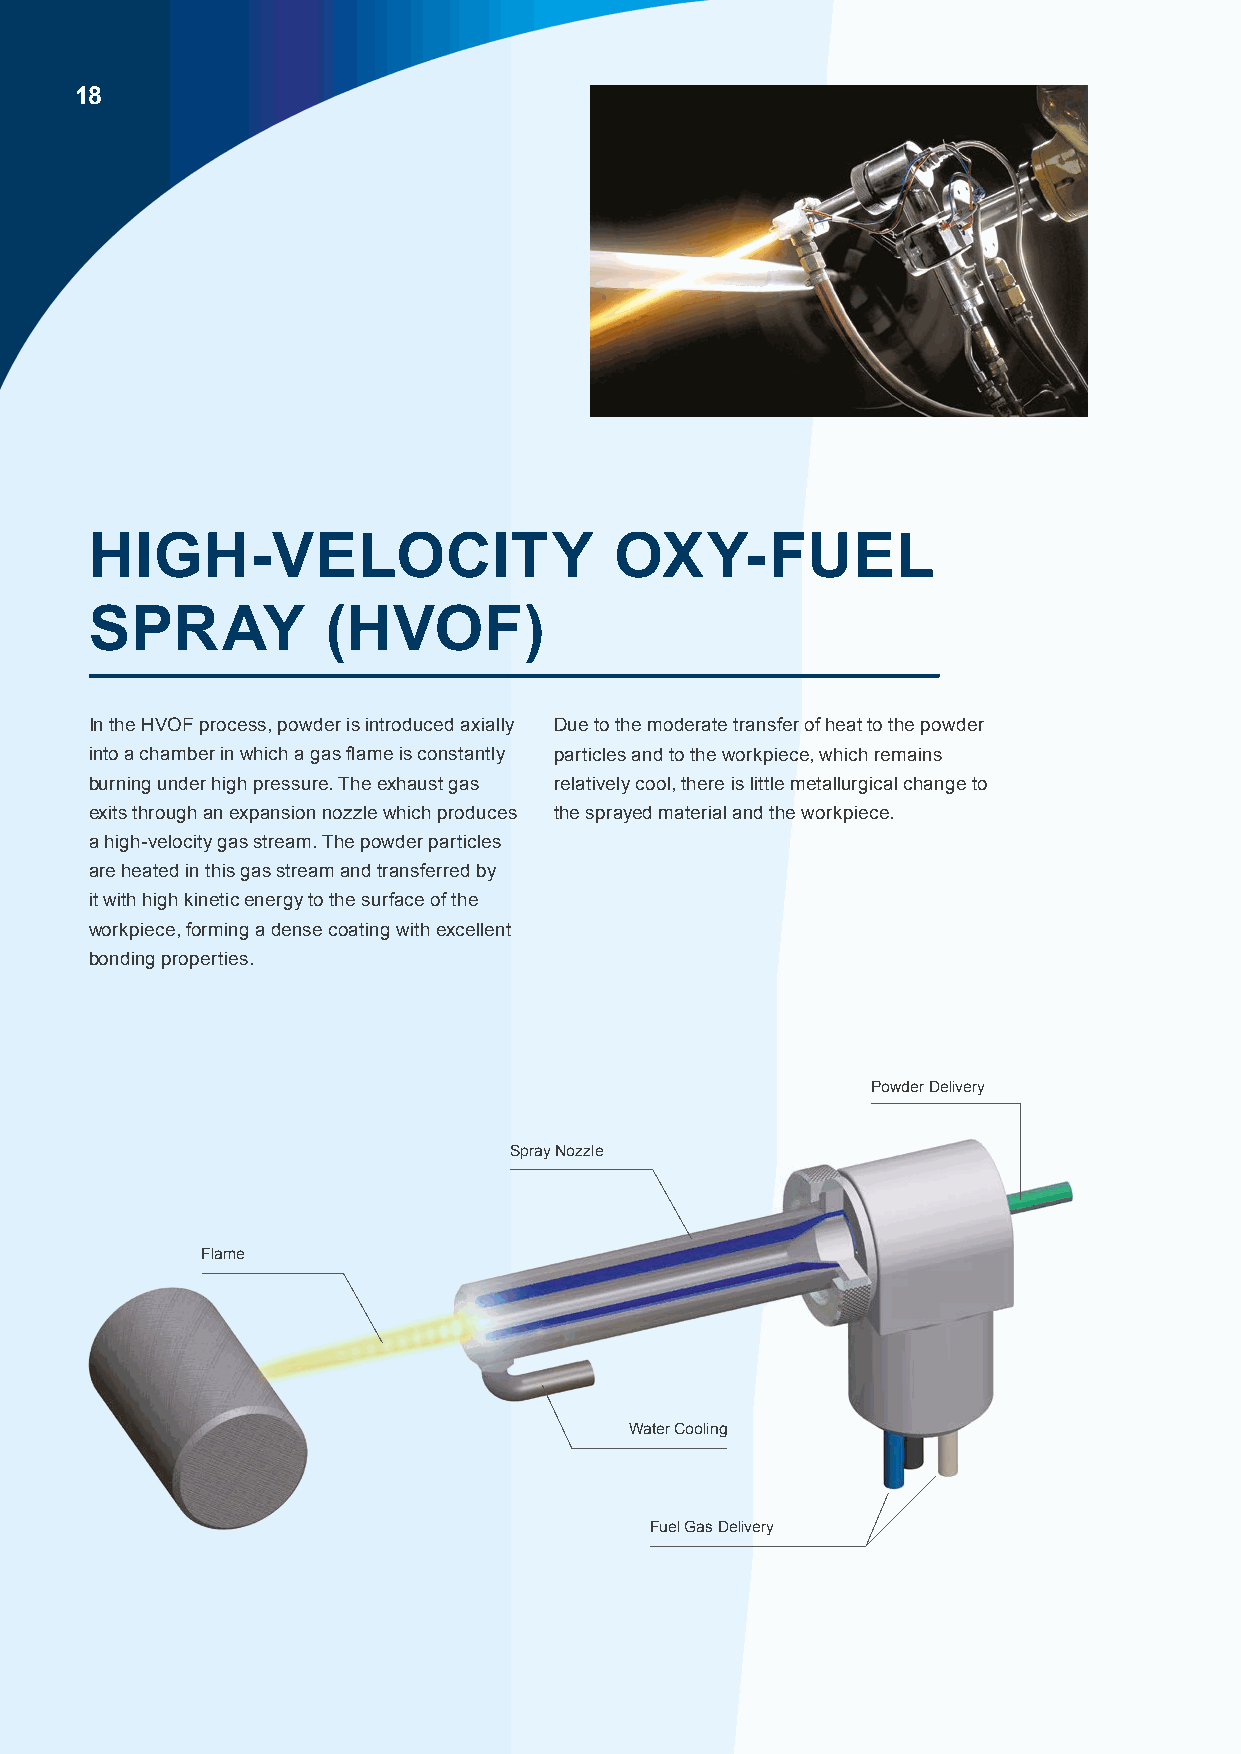
18
 HIGH-VELOCITY                      OXY-FUEL
 SPRAY           (HVOF)
 In the HVOF process, powder is introduced axially Due to the moderate transfer of heat to the powder
 into a chamber in which a gas flame is constantly particles and to the workpiece, which remains
 burning under high pressure. The exhaust gas relatively cool, there is little metallurgical change to
 exits through an expansion nozzle which produces the sprayed material and the workpiece.
 a high-velocity gas stream. The powder particles
 are heated in this gas stream and transferred by
 it with high kinetic energy to the surface of the
 workpiece, forming a dense coating with excellent
 bonding properties.
 Powder Delivery
 Spray Nozzle
 Flame
 Water Cooling
 Fuel Gas Delivery